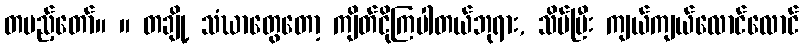
တပည့်တော်။ ။ တချို့ သံဃာတွေတော့ ကျိတ်ငိုကြပါတယ်ဘုရား, သိပ်ပြီး ကျယ်ကျယ်လောင်လောင်